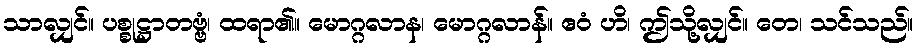
သာလျှင်။ ပစ္စုဋ္ဌာတဗ္ဗံ၊ ထရာ၏။ မောဂ္ဂလာန၊ မောဂ္ဂလာန်။ ဧဝံ ဟိ၊ ဤသို့လျှင်။ တေ၊ သင်သည်။